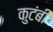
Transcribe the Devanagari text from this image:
कुटंबी